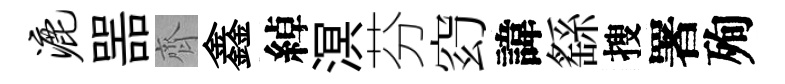
漉噐齊鑫綽溟芬𥥆諱繇搜署殉